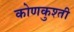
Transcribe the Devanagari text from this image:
कोणकुश्ती